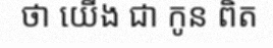
ថា យើង ជា កូន ពិត